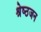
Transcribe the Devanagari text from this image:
श्रेष्‍ठजन